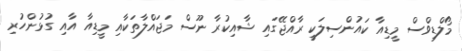
މޯލްޑިވްސް މީޑިއާ ކައުންސިލަކީ ރާއްޖޭގައި ޝާއިކުރާ ނޫސް މަޖައްލާތަކާއި މީޑިއާ އާއި ގުޅުންހުރި